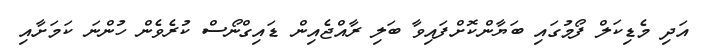
އަދި މެޑިކަލް ފޯމުގައި ބަޔާންކޮށްފައިވާ ބަލި ރާއްޖެއިން ޑައިގްނޯސް ކުރެވެން ހުންނަ ކަމަށާއި